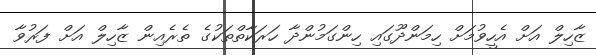
ޒާހިލް އަށް އެހީވުމަށް ހިމަންދޫގައި ހިންގަމުންދާ ހަރަކާތްތަކުގެ ތެރެއިން ޒާހިލް އަށް ފަރުވާ